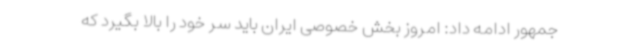
جمهور ادامه داد: امروز بخش خصوصی ایران باید سر خود را بالا بگیرد که